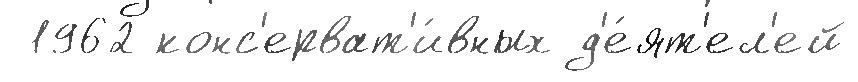
 1962 конс'ерват'и́вных д'е́ят'ел'ей